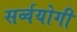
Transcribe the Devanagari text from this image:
सर्व्वयोगी